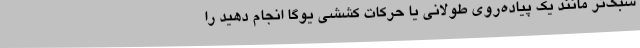
سبک‌تر مانند یک پیاده‌روی طولانی یا حرکات کششی یوگا انجام دهید را